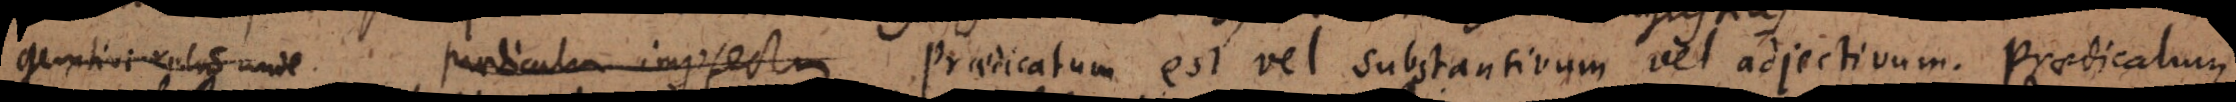
relatione unde Praedicatum imperfectum est vel substantivum vel adjectivum. Praedicatum